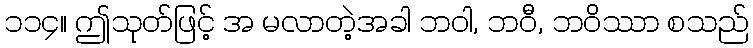
၁၁၄။ ဤသုတ်ဖြင့် အ မလာတဲ့အခါ ဘဝါ, ဘဝီ, ဘဝိဿာ စသည်